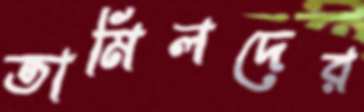
তামিলদের